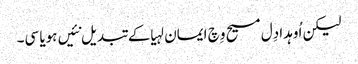
لیکن اُوہدا دِل مسیح وِچ ایمان لہیا کے تبدیل نئیں ہویا سی۔